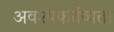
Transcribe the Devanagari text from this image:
अवश्यकर्तव्यता